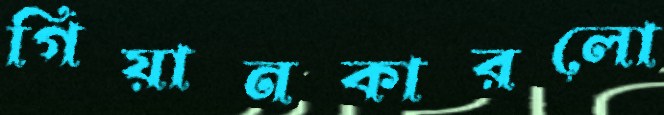
গিয়ানকারলো